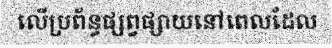
លើប្រព័ន្ធផ្សព្វផ្សាយនៅពេលដែល